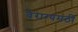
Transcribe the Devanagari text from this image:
वैराग्यमठी